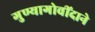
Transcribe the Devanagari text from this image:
गुण्यागोवींदाने